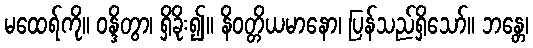
မထေရ်ကို။ ဝန္ဒိတွာ၊ ရှိခိုး၍။ နိဝတ္တိယမာနော၊ ပြန်သည်ရှိသော်။ ဘန္တေ၊